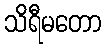
သိရီမတော